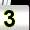
Digit: 3